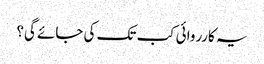
یہ کارروائی کب تک کی جائے گی؟